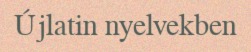
Újlatin nyelvekben